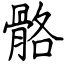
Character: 骼